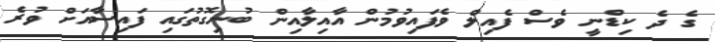
ގެ ދެ ކިޑްނީ ވެސް ފެއިލް ވެފައިވުމުން އާއިލާއިން ބުނިގޮތުގައި ފައިސާއަށް ވުރެ